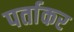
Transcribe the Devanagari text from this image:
पर्ताकर